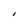
Character: I